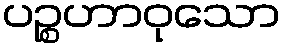
ပဉ္စဟာဝုသော